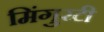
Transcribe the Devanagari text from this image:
मिंगुरटी